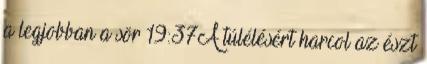
a legjobban a sör 19:37A túlélésért harcol az észt